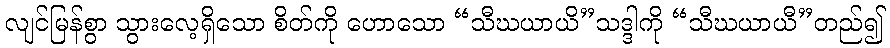
လျင်မြန်စွာ သွားလေ့ရှိသော စိတ်ကို ဟောသော “သီဃယာယိ”သဒ္ဒါကို “သီဃယာယီ”တည်၍